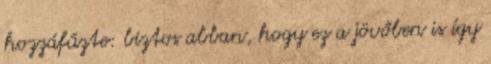
hozzáfűzte: biztos abban, hogy ez a jövőben is így